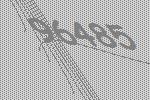
96485